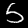
Digit: 5